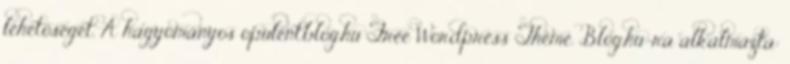
lehetőséget. A hagyományos opulent.blog.hu Free Wordpress Theme. Blog.hu-ra alkalmazta: